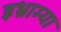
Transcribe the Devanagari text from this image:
इभ्राम्या